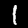
Digit: 1